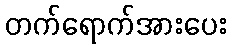
တက်ရောက်အားပေး